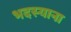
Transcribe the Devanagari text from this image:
भदस्याना